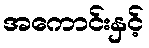
အကောင်းနှင့်